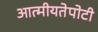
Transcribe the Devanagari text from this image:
आत्मीयतेपोटी